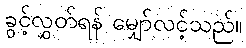
ခွင့်လွှတ်ရန် မျှော်လင့်သည်။